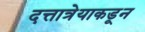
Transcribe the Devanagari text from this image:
दत्तात्रेयाकडून